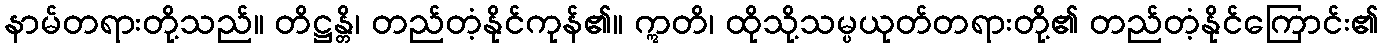
နာမ်တရားတို့သည်။ တိဋ္ဌန္တိ၊ တည်တံ့နိုင်ကုန်၏။ ဣတိ၊ ထိုသို့သမ္ပယုတ်တရားတို့၏ တည်တံ့နိုင်ကြောင်း၏